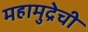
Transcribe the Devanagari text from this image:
महामुद्रेची